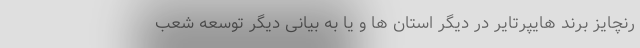
رنچایز برند هایپرتایر در دیگر استان ها و یا به بیانی دیگر توسعه شعب